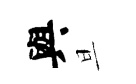
與旦